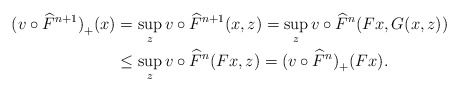
\begin{align*} {(v\circ \widehat F^{n+1})}_+(x) & =\sup_z v\circ \widehat F^{n+1}(x,z)=\sup_z v\circ \widehat F^n(Fx,G(x,z))\\ & \le \sup_z v\circ \widehat F^n(Fx,z)={(v\circ \widehat F^n)}_+(Fx).\end{align*}